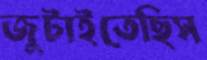
জুটাইতেছিস